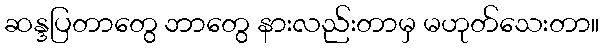
ဆန္ဒပြတာတွေ ဘာတွေ နားလည်းတာမှ မဟုတ်သေးတာ။